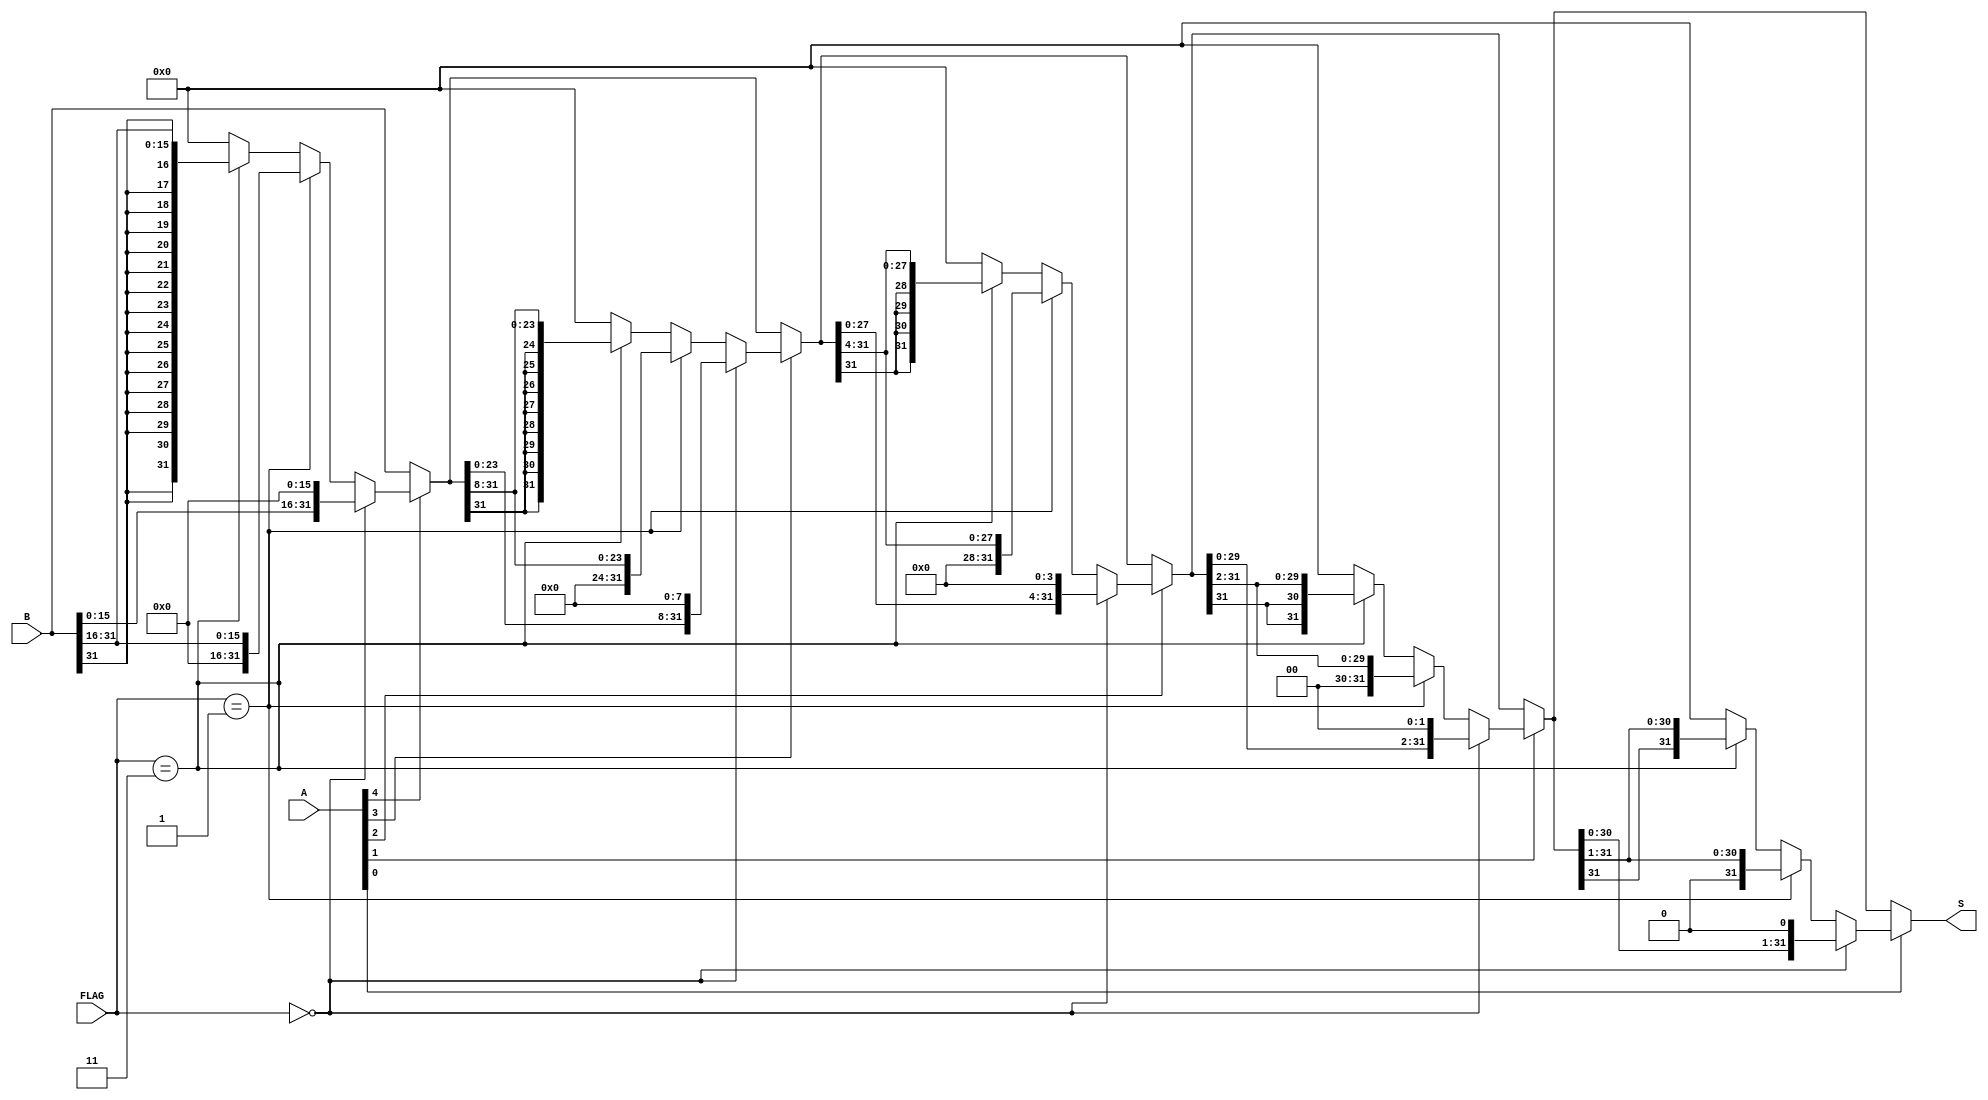
`timescale 1ns / 1ps
// 2013011076 Wang Han
// Shift Operation Module

module SHIFT(input	[4:0]	A,
				input	[31:0]	B,
				input	[1:0]	FLAG,
				output	[31:0]	S);

	parameter FLAG_SHIFT_SLL = 2'b00;
	parameter FLAG_SHIFT_SRL = 2'b01;
	parameter FLAG_SHIFT_SRA = 2'b11;

	parameter ERROR_OUTPUT = 32'h00000000;

	wire[31:0] shift_16;
	wire[31:0] shift_8;
	wire[31:0] shift_4;
	wire[31:0] shift_2;
	wire[31:0] shift_1;

	assign shift_16 = A[4] ? ((FLAG == FLAG_SHIFT_SLL) ? { B[15:0], {16{1'b0}} } :
								(FLAG == FLAG_SHIFT_SRL) ? { {16{1'b0}}, B[31:16] } :
									(FLAG == FLAG_SHIFT_SRA) ? { {16{B[31]}}, B[31:16] } :
										ERROR_OUTPUT
							) : B;

	assign shift_8 = A[3] ? ((FLAG == FLAG_SHIFT_SLL) ? { shift_16[23:0], {8{1'b0}} } :
								(FLAG == FLAG_SHIFT_SRL) ? { {8{1'b0}}, shift_16[31:8] } :
									(FLAG == FLAG_SHIFT_SRA) ? { {8{shift_16[31]}}, shift_16[31:8]} :
										ERROR_OUTPUT
							) : shift_16;

	assign shift_4 = A[2] ? ((FLAG == FLAG_SHIFT_SLL) ? { shift_8[27:0], {4{1'b0}} } :
								(FLAG == FLAG_SHIFT_SRL) ? { {4{1'b0}}, shift_8[31:4] } :
									(FLAG == FLAG_SHIFT_SRA) ? { {4{shift_8[31]}}, shift_8[31:4]} :
										ERROR_OUTPUT
							) : shift_8;

	assign shift_2 = A[1] ? ((FLAG == FLAG_SHIFT_SLL) ? { shift_4[29:0], {2{1'b0}} } :
								(FLAG == FLAG_SHIFT_SRL) ? { {2{1'b0}}, shift_4[31:2] } :
									(FLAG == FLAG_SHIFT_SRA) ? { {2{shift_4[31]}}, shift_4[31:2]} :
										ERROR_OUTPUT
							) : shift_4;

	assign shift_1 = A[0] ? ((FLAG == FLAG_SHIFT_SLL) ? { shift_2[30:0], {1{1'b0}} } :
								(FLAG == FLAG_SHIFT_SRL) ? { {1{1'b0}}, shift_2[31:1] } :
									(FLAG == FLAG_SHIFT_SRA) ? { {1{shift_2[31]}}, shift_2[31:1]} :
										ERROR_OUTPUT
							) : shift_2;

	assign S = shift_1;

endmodule